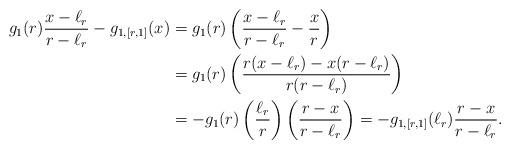
LaTeX: \begin{align*}g_{1}(r)\frac{x-\ell_{r}}{r-\ell_{r}} - g_{1,[r,1]}(x) & = g_{1}(r)\left(\frac{x-\ell_{r}}{r-\ell_{r}} - \frac{x}{r}\right) \\& = g_{1}(r)\left(\frac{r(x-\ell_{r}) - x(r-\ell_{r})}{r(r-\ell_{r})}\right) \\& = -g_{1}(r)\left(\frac{\ell_{r}}{r}\right)\left(\frac{r-x}{r-\ell_{r}}\right) = -g_{1,[r,1]}(\ell_{r})\frac{r-x}{r-\ell_{r}}.\end{align*}